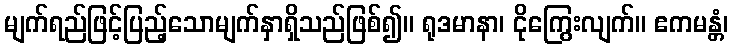
မျက်ရည်ဖြင့်ပြည့်သောမျက်နှာရှိသည်ဖြစ်၍။ ရုဒမာနာ၊ ငိုကြွေးလျက်။ ဧကမန္တံ၊